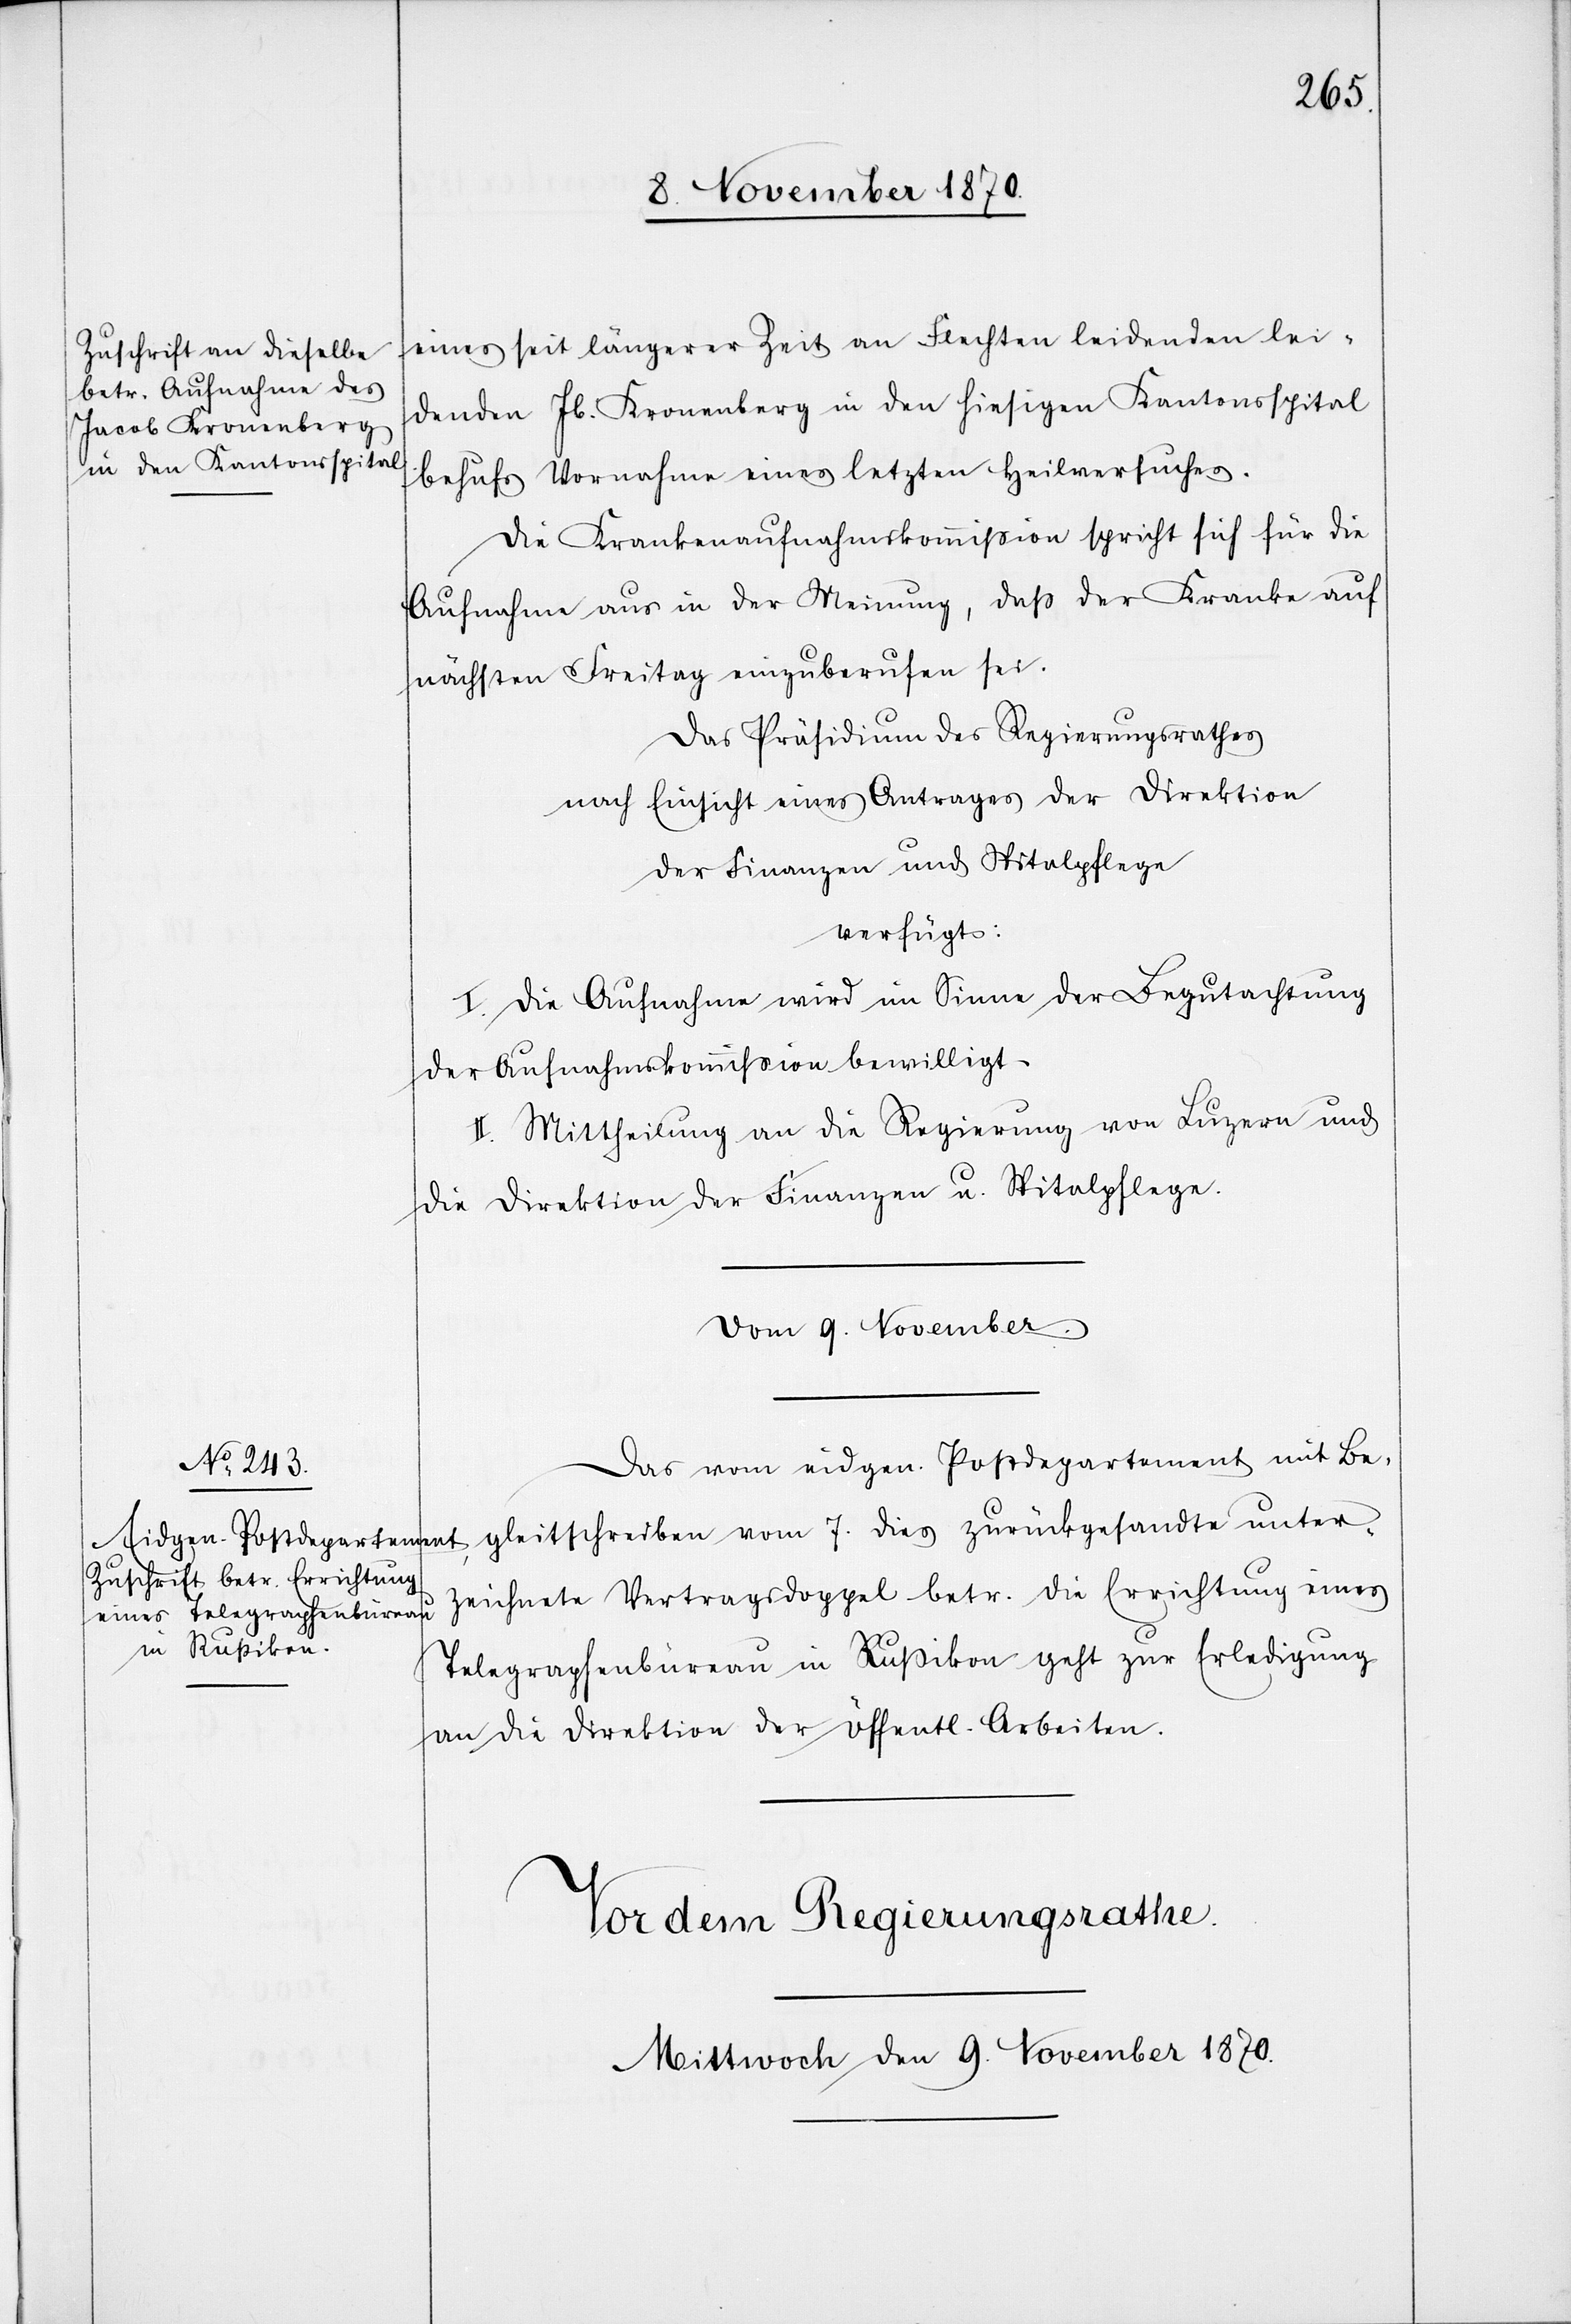
unter¬
9. November 1870.
eines seit längerer Zeit an Flechten leidenden lei¬
denden [sic!] Jb. Kronenberg in den hiesigen Kantonsspital
behufs Vornahme eines letzten Heilersuches.
Die Krankenaufnahmskommißion spricht sich für die
Aufnahme aus in der Meinung, daß der Kranke auf
nächsten Freitag einzuberufen sei.
Das Präsidium des Regierungsrathes
nach Einsicht eines Antrages der Direktion
der Finanzen und Spitalpflege
verfügt:
I. Die Aufnahme wird im Sinne der Begutachtung
der Aufnahmskommißion bewilligt.
II. Mittheilung an die Regierung von Luzern und
die Direktion der Finanzen u. Spitalpflege.
Das vom eidgen. Postdepartement mit Be¬
zeichnete Vertragsdoppel betr. die Errichtung eines
gleitschreiben
Telegraphenbüreau in Rußikon geht zur Erledigung
an die Direktion der öffentl. Arbeiten.